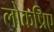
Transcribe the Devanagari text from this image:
लोकप्रिए